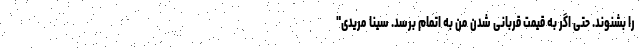
را بشنوند. حتی اگر به قیمت قربانی شدن من به اتمام برسد. سینا مریدی"